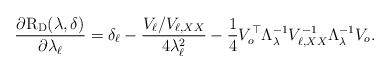
LaTeX: \begin{align*} \frac{\partial \mathrm{R}_{\mathrm{D}} (\lambda, \delta ) }{\partial \lambda_\ell}= \delta_{\ell}- \frac{V_\ell / V_{\ell, X X} }{4 \lambda_\ell^2} - \frac{1}{4} V_o^{\top} \Lambda_\lambda^{-1} V_{\ell, X X}^{-1} \Lambda_\lambda^{-1} V_o. \end{align*}